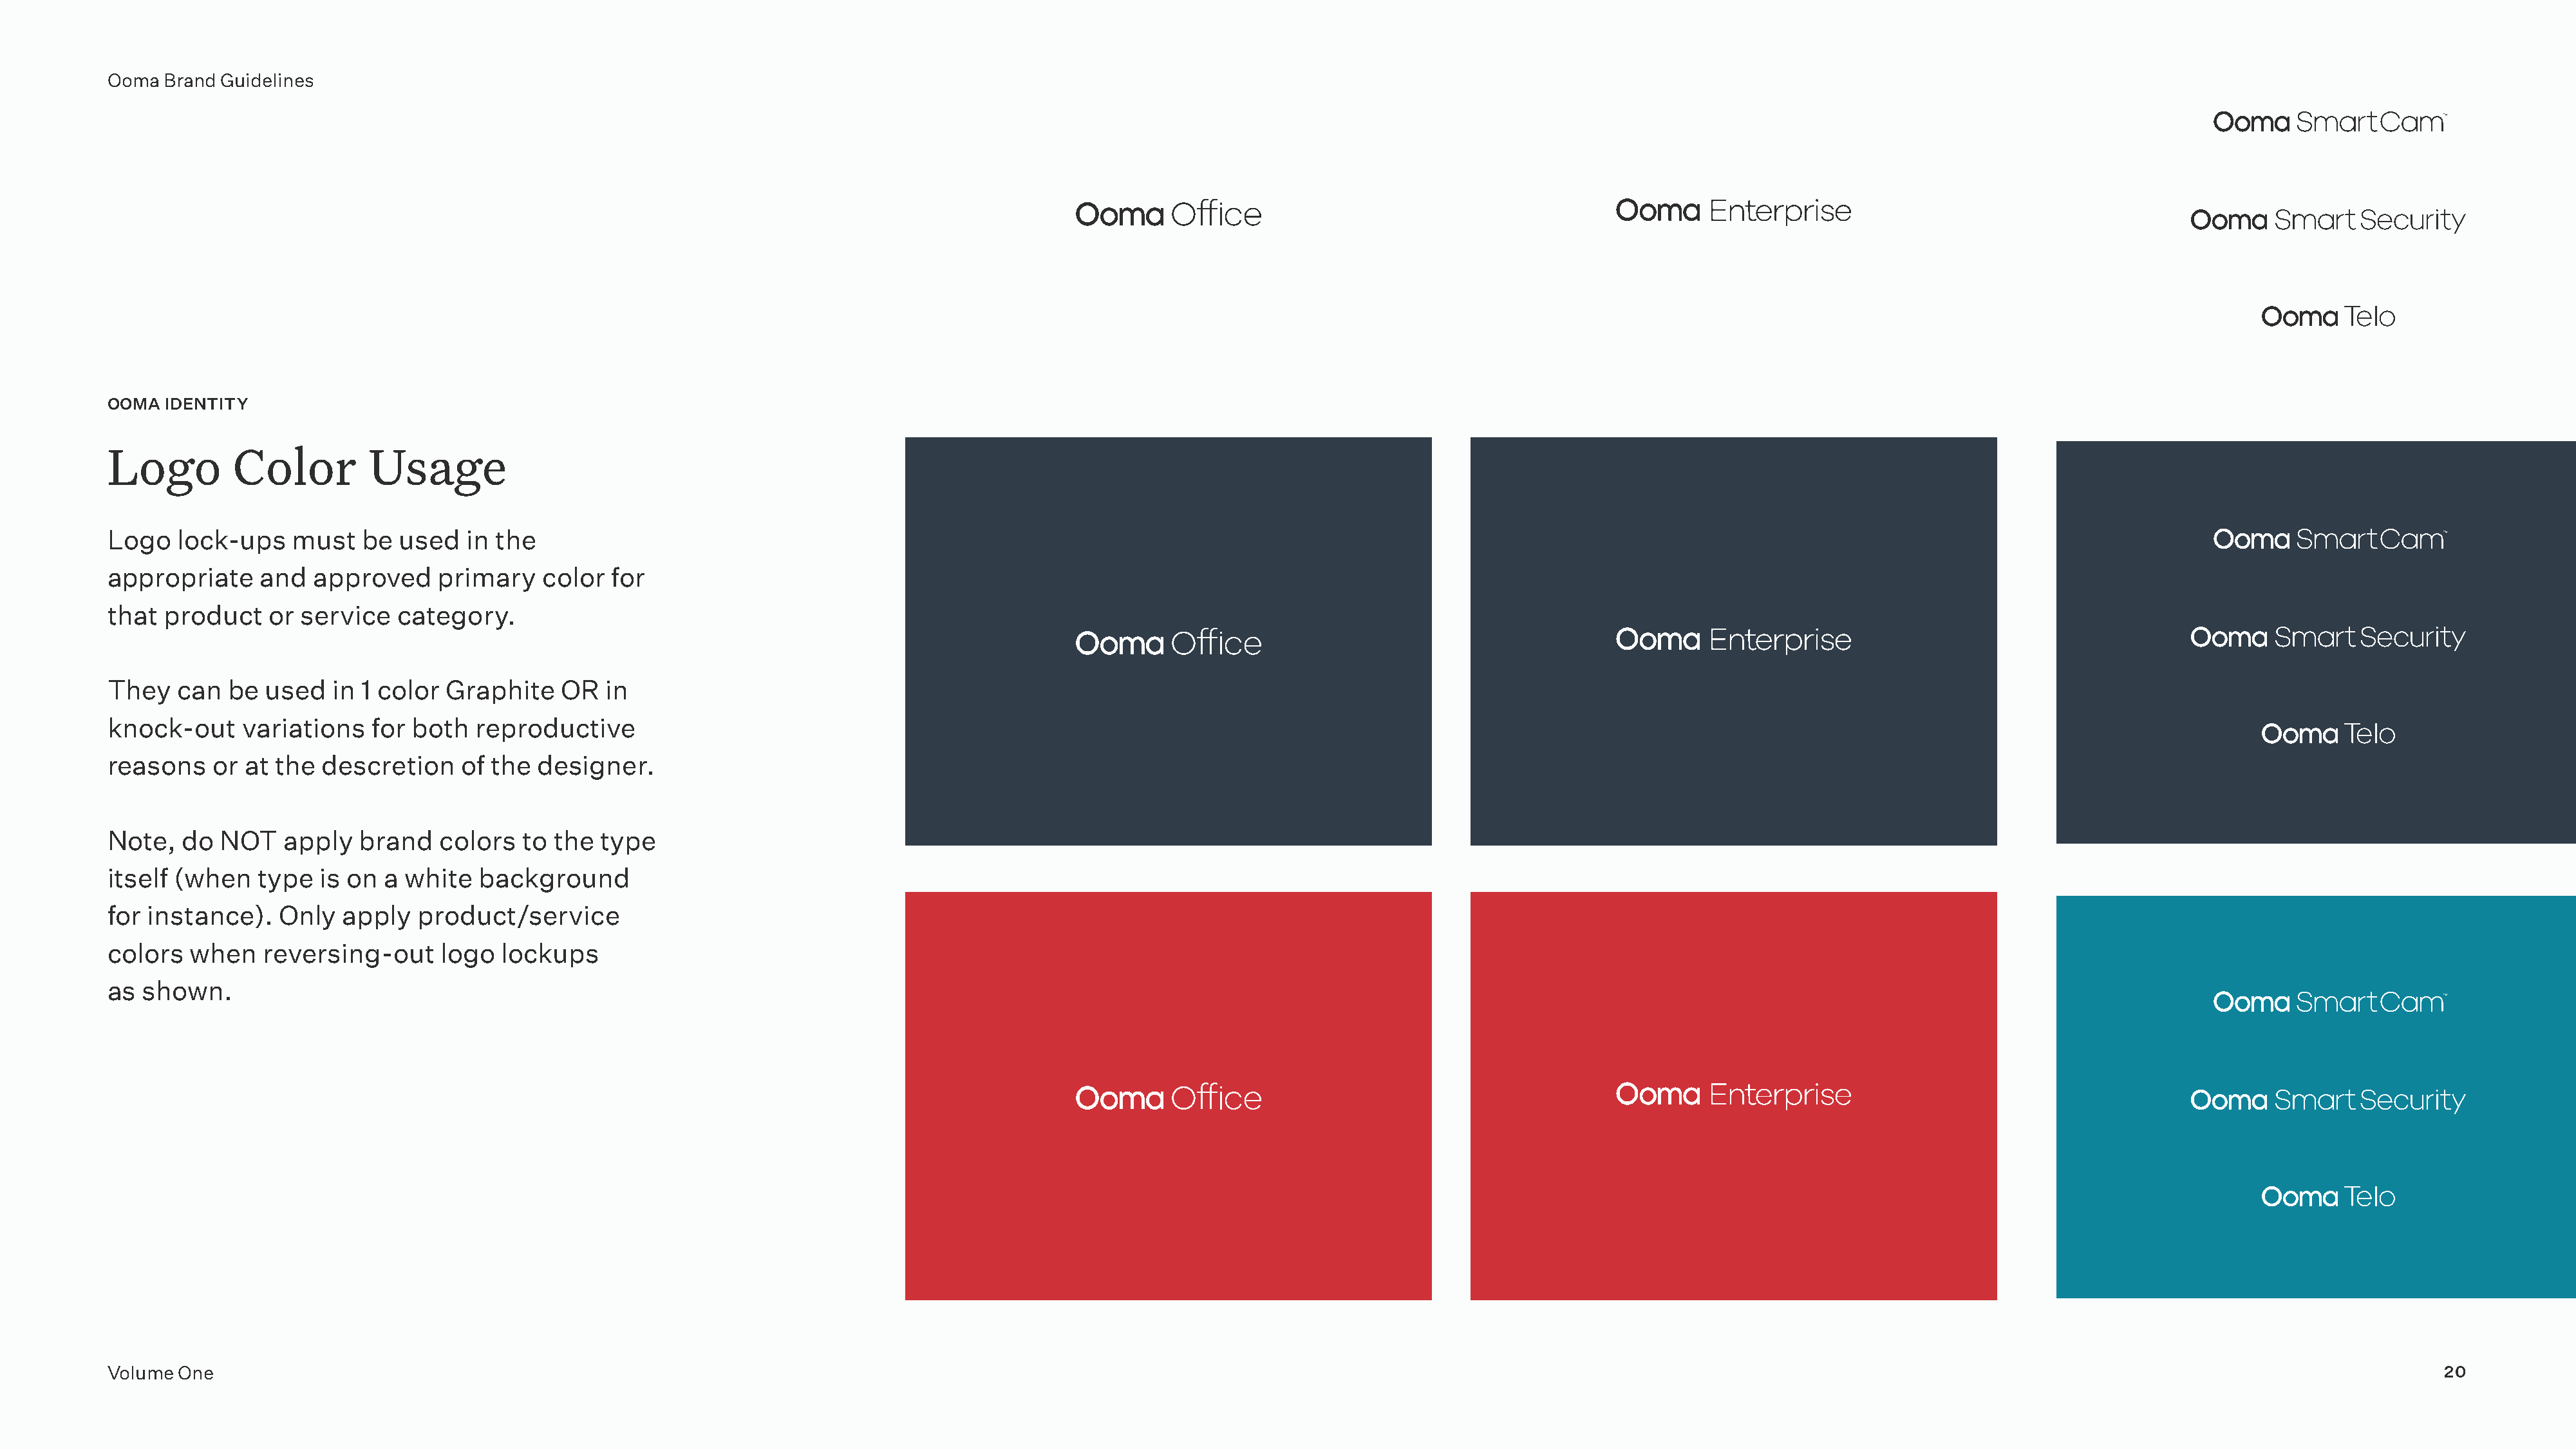
Ooma  Brand Guidelines
 OOMA  IDENTITY
 Logo         Color         Usage
 Logo   lock-ups    must   be  used   in the
 appropriate     and  approved     primary    color  for
 that  product    or service   category.
 They   can  be  used   in 1 color  Graphite    OR  in
 knock-out     variations   for both   reproductive
 reasons    or at the  descretion    of the  designer.
 Note,   do  NOT   apply   brand   colors   to the  type
 itself (when    type  is on a  white  background
 for instance).    Only  apply   product/service
 colors   when   reversing-out     logo  lockups
 as  shown.
 Volume One                                                                                                                                                                                                                                      20